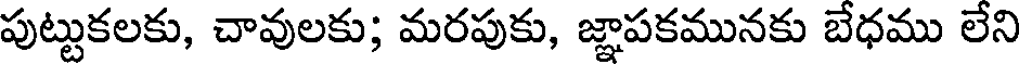
పుట్టుకలకు, చావులకు; మరపుకు, జ్ఞాపకమునకు బేధము లేని